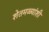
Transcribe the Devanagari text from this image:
शेतमळ्यांशी